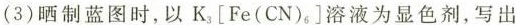
(3)晒制蓝图时，以$$K _ {3}[ F e ( C N ) _ { 6 } ]$$溶液为显色剂，写出